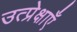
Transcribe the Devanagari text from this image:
उत्प्रेक्षाएँ